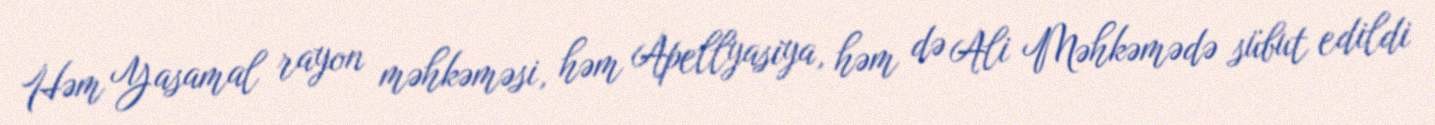
Həm Yasamal rayon məhkəməsi, həm Apellyasiya, həm də Ali Məhkəmədə sübut edildi